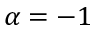
\alpha = - 1